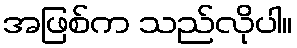
အဖြစ်က သည်လိုပါ။